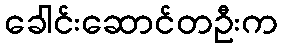
ခေါင်းဆောင်တဦးက